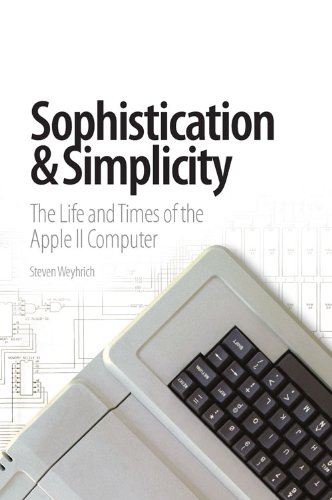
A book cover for Sophistication & Simplicity: The Life and Times of the Apple II Computer; Steven Weyhrich; Computers & Technology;